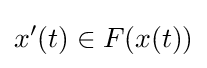
x'(t)\in F(x(t))